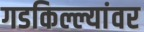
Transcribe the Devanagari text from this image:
गडकिल्ल्यांवर